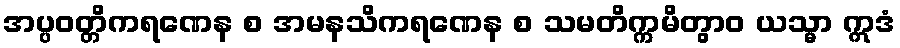
အပ္ပဝတ္တိကရဏေန စ အမနသိကရဏေန စ သမတိက္ကမိတွာဝ ယသ္မာ ဣဒံ